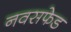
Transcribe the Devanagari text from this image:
नवसफेड